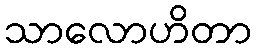
သာလောဟိတာ